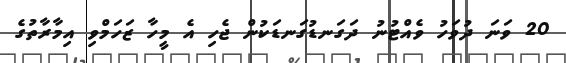
20 ވަނަ ދުވަހު ވެއްޓުނު ދަގަނޑުގަނޑަކުން ޖެހި އެ މީހާ ޒަހަމްވި އިމާރާތުގެ